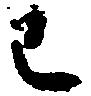
己